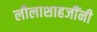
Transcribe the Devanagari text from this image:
लीलाशाहजींनी